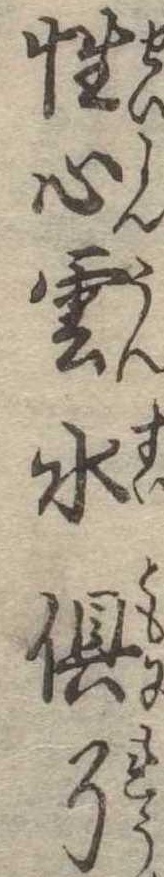
性心雲水倶了